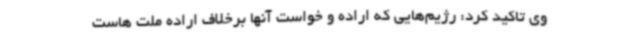
وی تاکید کرد: رژیم‌هایی که اراده و خواست آنها برخلاف اراده ملت هاست